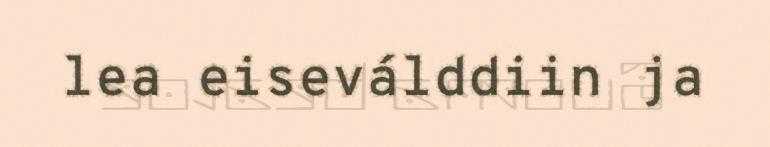
lea eiseválddiin ja